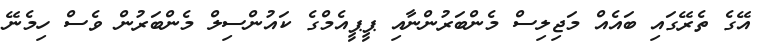
އޭގެ ތެރޭގައި ބައެއް މަޖިލިސް މެންބަރުންނާއި ޕީޕީއެމްގެ ކައުންސިލް މެންބަރުން ވެސް ހިމެނޭ